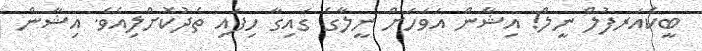
ބީކެއަރފުލް ނީލް! އިޝާން އަވަހަށް ނީލާގެ ގައިގާ ހިފައި ތެދުކޮށްލިއެވެ. އިޝާން